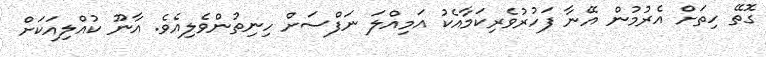
ގޮތޭ ހިތަށް އެރުމުން އޭނާ ފަހުރުވެރިކަމާއެކު އަމިއްލަ ނަފްސަށް ހިނިތުންވެލިއެވެ. އާނޫ ކުއްލިއަކަށް